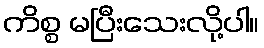
ကိစ္စ မပြီးသေးလို့ပါ။